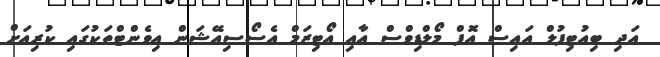
އަދި ބިއުޓިފުލް އައިސް އޮފް މޯލްޑިވްސް އާއި އޯޓިޒަމް އެސޯސިއޭޝަން އިވެންޓްތަކުގައި ކުރިއަށް